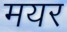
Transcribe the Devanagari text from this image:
मयर